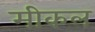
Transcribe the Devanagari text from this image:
मीकल